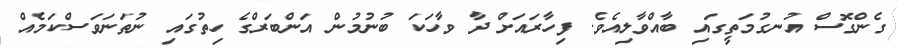
ގެންގޮސް އުނގުމަތީގައި ބާއްވާލިއެވެ. ފިހާރައަށް ދާ ވާހަކަ ބުނުމުން އަންބަރްގެ ހިތުގައި ނުތަނަވަސްކަމެއް